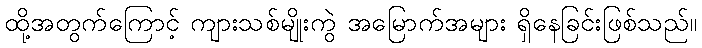
ထို့အတွက်ကြောင့် ကျားသစ်မျိုးကွဲ အမြောက်အများ ရှိနေခြင်းဖြစ်သည်။